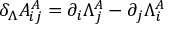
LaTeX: \delta _ { \Lambda } A _ { i j } ^ { A } = \partial _ { i } \Lambda _ { j } ^ { A } - \partial _ { j } \Lambda _ { i } ^ { A }